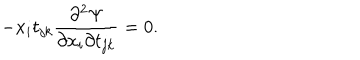
- x _ { i } t _ { j k } \frac { \partial ^ { 2 } \Psi } { \partial x _ { i } \partial t _ { j k } } = 0 .